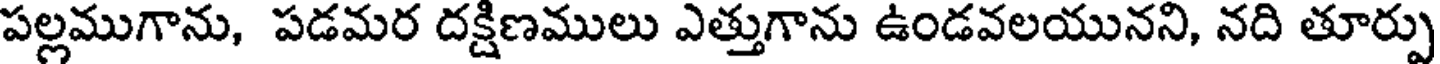
పల్లముగాను, పడమర దక్షిణములు ఎత్తుగాను ఉండవలయునని, నది తూర్పు